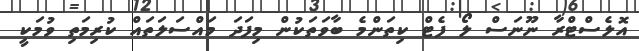
އޮލެސްޓްރާ ނޫނަސް ލޯ ފެޓް ކިތަންމެ ބާވަތަކުން މިފަދަ މައްސަލަތައް ކުރިމަތި ވުމަކީ